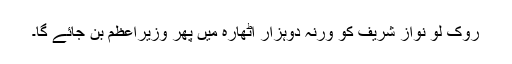
روک لو نواز شریف کو ورنہ دوہزار اٹھارہ میں پھر وزیراعظم بن جائے گا۔